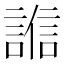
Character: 𧪄